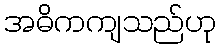
အဓိကကျသည်ဟု